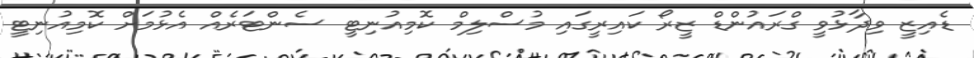
ޑެއިޒީ ވިދާޅުވީ ގްރައުންޑް ޒީރޯ ކައިރީގައި މުސްލިމް ކޮމިއުނިޓީ ސެންޓަރެއް އެޅުމަށް ކޮމިއުނިޓީ